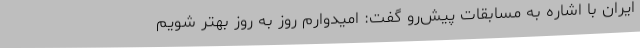
ایران با اشاره به مسابقات پیش‌رو گفت: امیدوارم روز به روز بهتر شویم